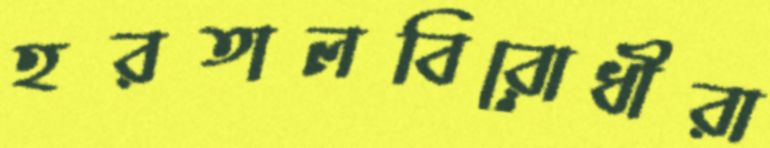
হরতালবিরোধীরা